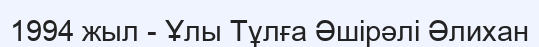
1994 жыл - Ұлы Тұлға Әшірәлі Әлиxан